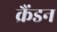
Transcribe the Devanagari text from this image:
क्रैंडन